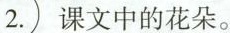
2.课文中的花朵。